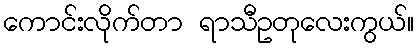
ကောင်းလိုက်တာ ရာသီဥတုလေးကွယ်။